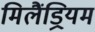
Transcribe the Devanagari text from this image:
मिलैंड्रियम